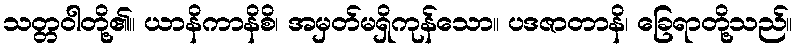
သတ္တဝါတို့၏။ ယာနိကာနိစိ၊ အမှတ်မရှိကုန်သော။ ပဒဇာတာနိ၊ ခြေရာတို့သည်။